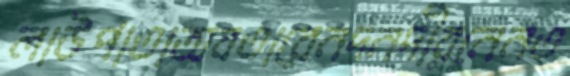
লাউপাতাঅবতারেনদনদীরনেনত